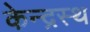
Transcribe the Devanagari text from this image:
केन्द्रस्थ